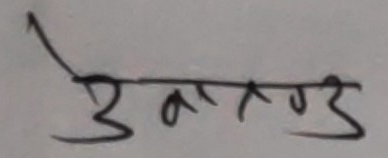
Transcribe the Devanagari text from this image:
उत्तराण्ड